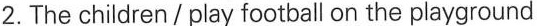
2.The children/play football on the playground